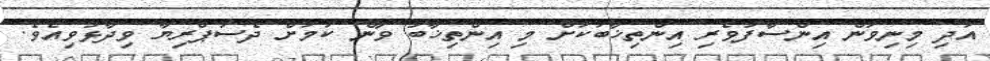
އަދި މިނިވަން އިންސާފުވެރި އިންތިޚާބަކަށް މި އިންތިޚާބު ވާނެ ކަމަށް ދެސަޕްރިޔާ ވިދާޅުވިއެވެ.